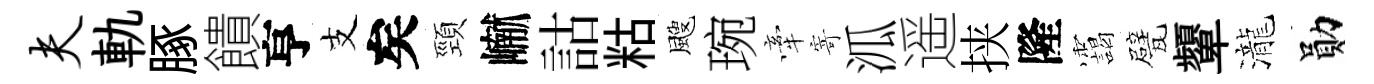
夫軌䐁饋亨支矣頸𪩘詁䊀颼琬牽寄泒遥挟隆靄甓顰瀧勛